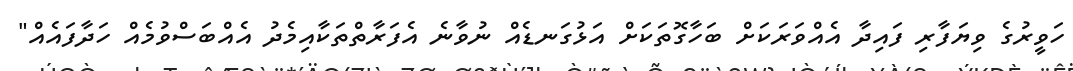
ހަވީރުގެ ވިޔަފާރި ފައިދާ އެއްވަރަކަށް ބަހާގޮތަކަށް އަޅުގަނޑެއް ނުވާނެ އެފަރާތްތަކާއިމެދު އެއްބަސްވުމެއް ހަދާފައެއް"